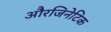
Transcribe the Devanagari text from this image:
औरजिनेटिक